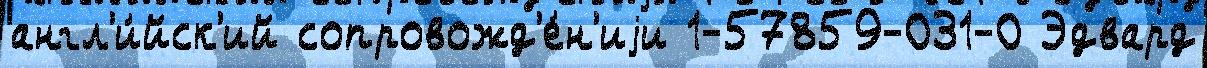
англ'и́йск'ий сопровожд'е́н'иjи 1-57859-031-0 Эдвард